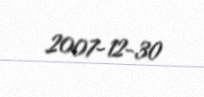
2007-12-30